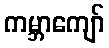
ကမ္ဘာကျော်